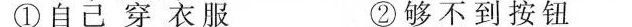
①自己穿衣服 ②够不到按钮